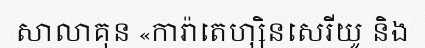
សាលាគុន «ការ៉ាតេហ្សិនសេរីយូ និង